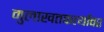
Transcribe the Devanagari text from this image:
मुलाखतकर्त्यावर